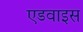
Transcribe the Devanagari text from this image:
एडवाइस